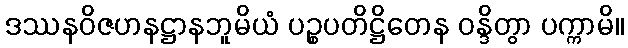
ဒဿနဝိဇဟနဋ္ဌာနဘူမိယံ ပဉ္စပတိဋ္ဌိတေန ဝန္ဒိတွာ ပက္ကာမိ။